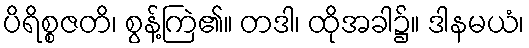
ပိရိစ္စဇတိ၊ စွန့်ကြဲ၏။ တဒါ၊ ထိုအခါ၌။ ဒါနမယံ၊